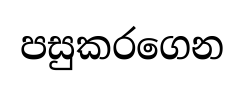
පසුකරගෙන